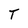
Character: T